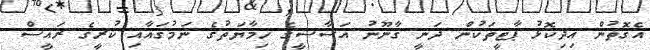
އެގޮތުން އިދިކޮޅު ޕާޓީތަކުން ދަނީ ޤާނޫނު އަސާސީގެ ހިމާޔަތުގެ ނަމުގައާއި ކުރީގެ ރައީސް